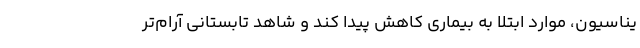
یناسیون، موارد ابتلا به بیماری کاهش پیدا کند و شاهد تابستانی آرام‌تر